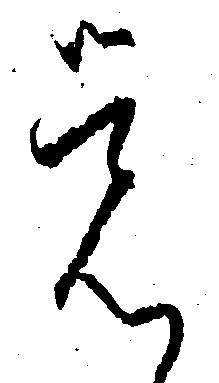
覚